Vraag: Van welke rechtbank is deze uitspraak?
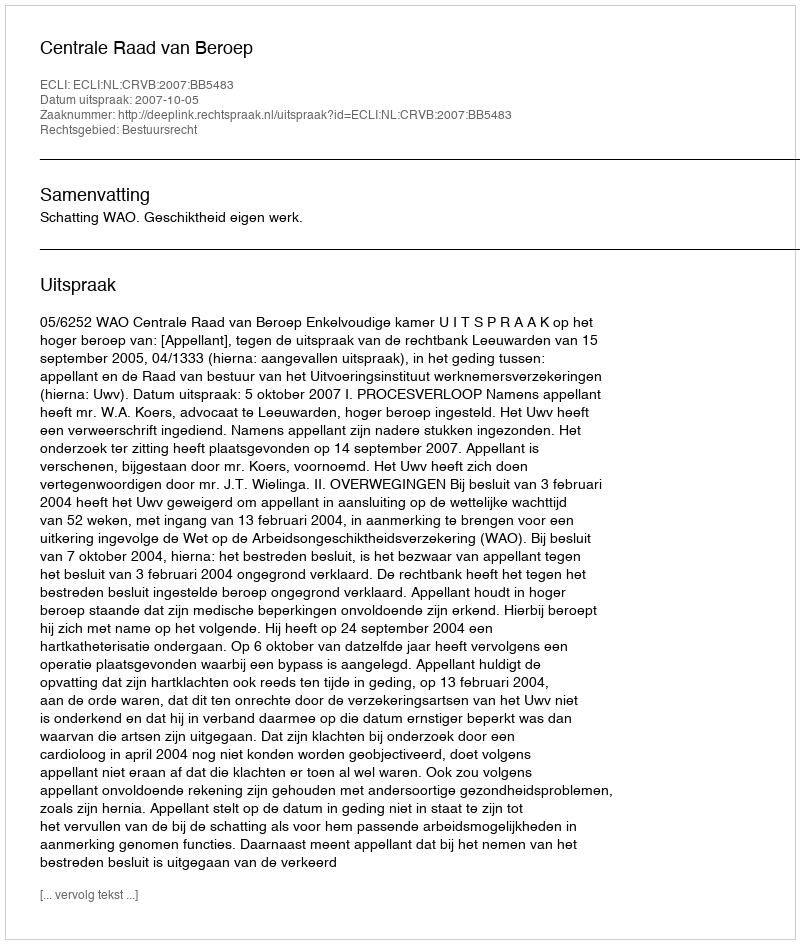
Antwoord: Centrale Raad van Beroep